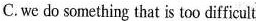
C.we do something that is too difficult